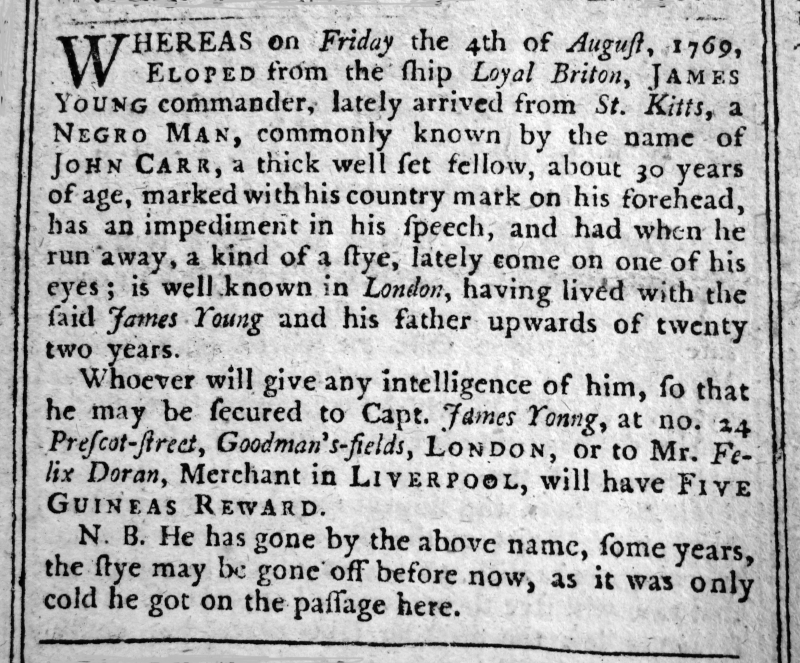
Liverpool General Advertiser, or the Commercial Register, 25 August 1769 (England)
WHEREAS on Friday the 4th of August, 1769, ELOPED from the ship Loyal Briton, JAMES YOUNG commander, lately arrived from St. Kitts, a NEGRO MAN, commonly known by the name of JOHN CARR, a thick well set fellow, about 30 years of age, marked with his country mark on his forehead, has an impediment in his speech, and had when he run away, a kind of a stye, lately come on one of his eyes; is well known in London, having lived with the said James Young and his father upwards of twenty two years.  Whoever will give any intelligence of him, so that he may be secured to Capt. James Young, at no. 24 Prescot-street, Goodman’s-fields, LONDON, or to Mr. Felix Doran, Merchant in LIVERPOOL, will have FIVE GUINEAS REWARD.  N.B. He has gone by the above name, some years, the stye may be gone off before now, as it was only cold he got on the passage here.